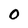
Character: O